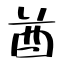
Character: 酋